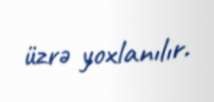
üzrə yoxlanılır.